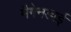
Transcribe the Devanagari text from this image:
मैगेनडाई